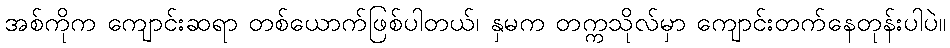
အစ်ကိုက ကျောင်းဆရာ တစ်ယောက်ဖြစ်ပါတယ်၊ နှမက တက္ကသိုလ်မှာ ကျောင်းတက်နေတုန်းပါပဲ။